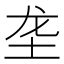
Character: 垄